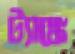
ট্যাঙ্কে